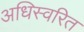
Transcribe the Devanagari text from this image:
अधिस्वरित